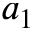
a _ { 1 }